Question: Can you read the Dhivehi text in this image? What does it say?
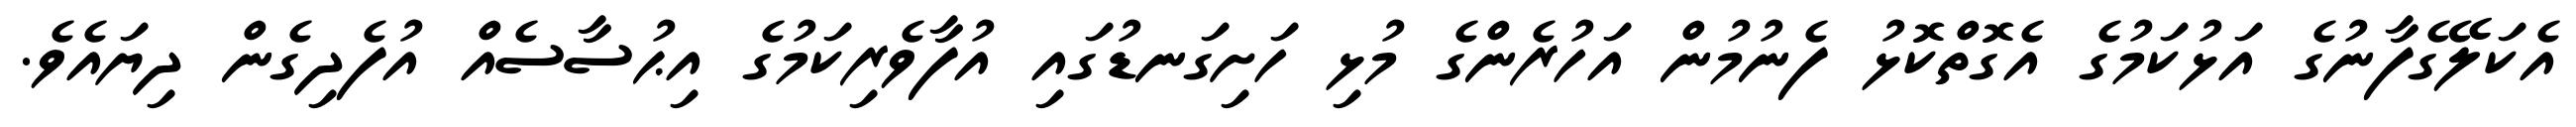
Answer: އެކަލޭގެފާނުގެ އަޅުކަމުގެ އެގޮތްކޮޅު ފެނުމުން އަހުރެންގެ މުޅި ހަށިގަނޑުގައި އުފާވެރިކަމުގެ އިޙުސާސެއް އުފެދިގެން ދިޔައެވެ.